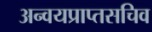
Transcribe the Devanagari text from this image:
अन्वयप्राप्तसचिव